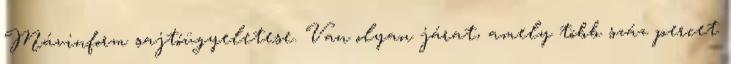
Mávinform sajtóügyeletese. Van olyan járat, amely több száz percet